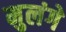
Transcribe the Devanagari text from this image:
मुलंगे